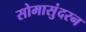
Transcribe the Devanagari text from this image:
सोमासुंदरन